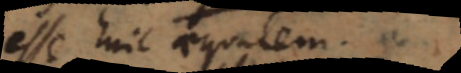
esse huic aequalem.